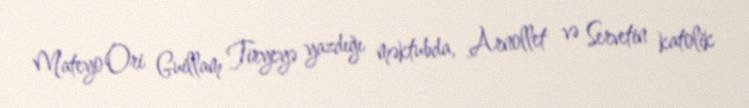
Mateyo Ori Guillam Tiryeyə yazdığı məktubda, Arnollet və Servetin katolik